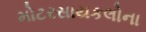
મોટરસાયકલોના